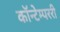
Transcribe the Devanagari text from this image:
कॉन्टेम्पररी